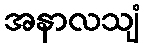
အနာလသျံ